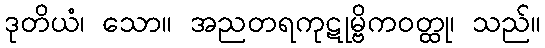
ဒုတိယံ၊ သော။ အညတရကုဋုမ္ဗိကဝတ္ထု၊ သည်။